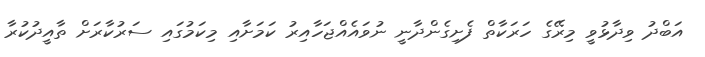
އަބްދު ވިދާޅުވީ މިރޭގެ ހަރަކާތް ފެށިގެންދާނީ ނުވައެއްޖަހާއިރު ކަމަށާއި މިކަމުގައި ސަރުކާރަށް ތާއީދުކުރާ